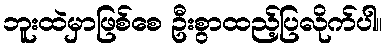
ဘူးထဲမှာဖြစ်စေ ဦးစွာထည့်ပြလိုက်ပါ။